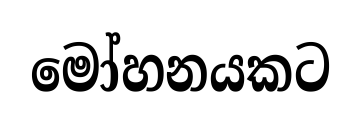
මෝහනයකට